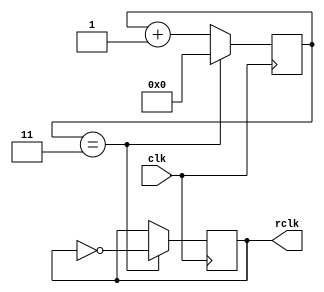
// EE20B007 Benstin Davis 
`timescale 1ns / 1ps

module Clock_Divider 
#(
    parameter CYCLES = 4

) 
(
    input clk,
    output reg rclk
);
    

reg [63:0] counter = 0;
initial begin
    rclk <= 0;
end

always @(posedge clk) begin
    counter <= counter + 1;
    if (counter == (CYCLES/2) + 1) begin
        counter <= 0;
        rclk <= ~rclk;
    end
end
    
endmodule